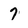
Character: 7